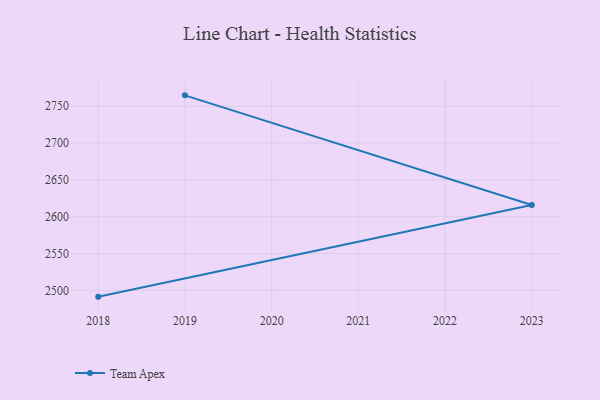
{"axis": {"x": "Year", "y": "Waste Production (Tons)"}, "legend": ["Team Apex"], "data": [{"x": "2019", "y": 2764.6, "type": "Team Apex"}, {"x": "2023", "y": 2615.9, "type": "Team Apex"}, {"x": "2018", "y": 2491.5, "type": "Team Apex"}]}